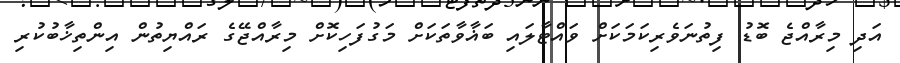
އަދި މިރާއްޖެ ބޮޑު ފިތުނަވެރިކަމަކަށް ވައްޓާލައި ބަޣާވާތަކަށް މަގުފަހިކޮށް މިރާއްޖޭގެ ރައްޔިތުން އިންތިޚާބުކުރި